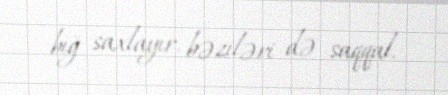
bığ saxlayır, bəziləri də saqqal.